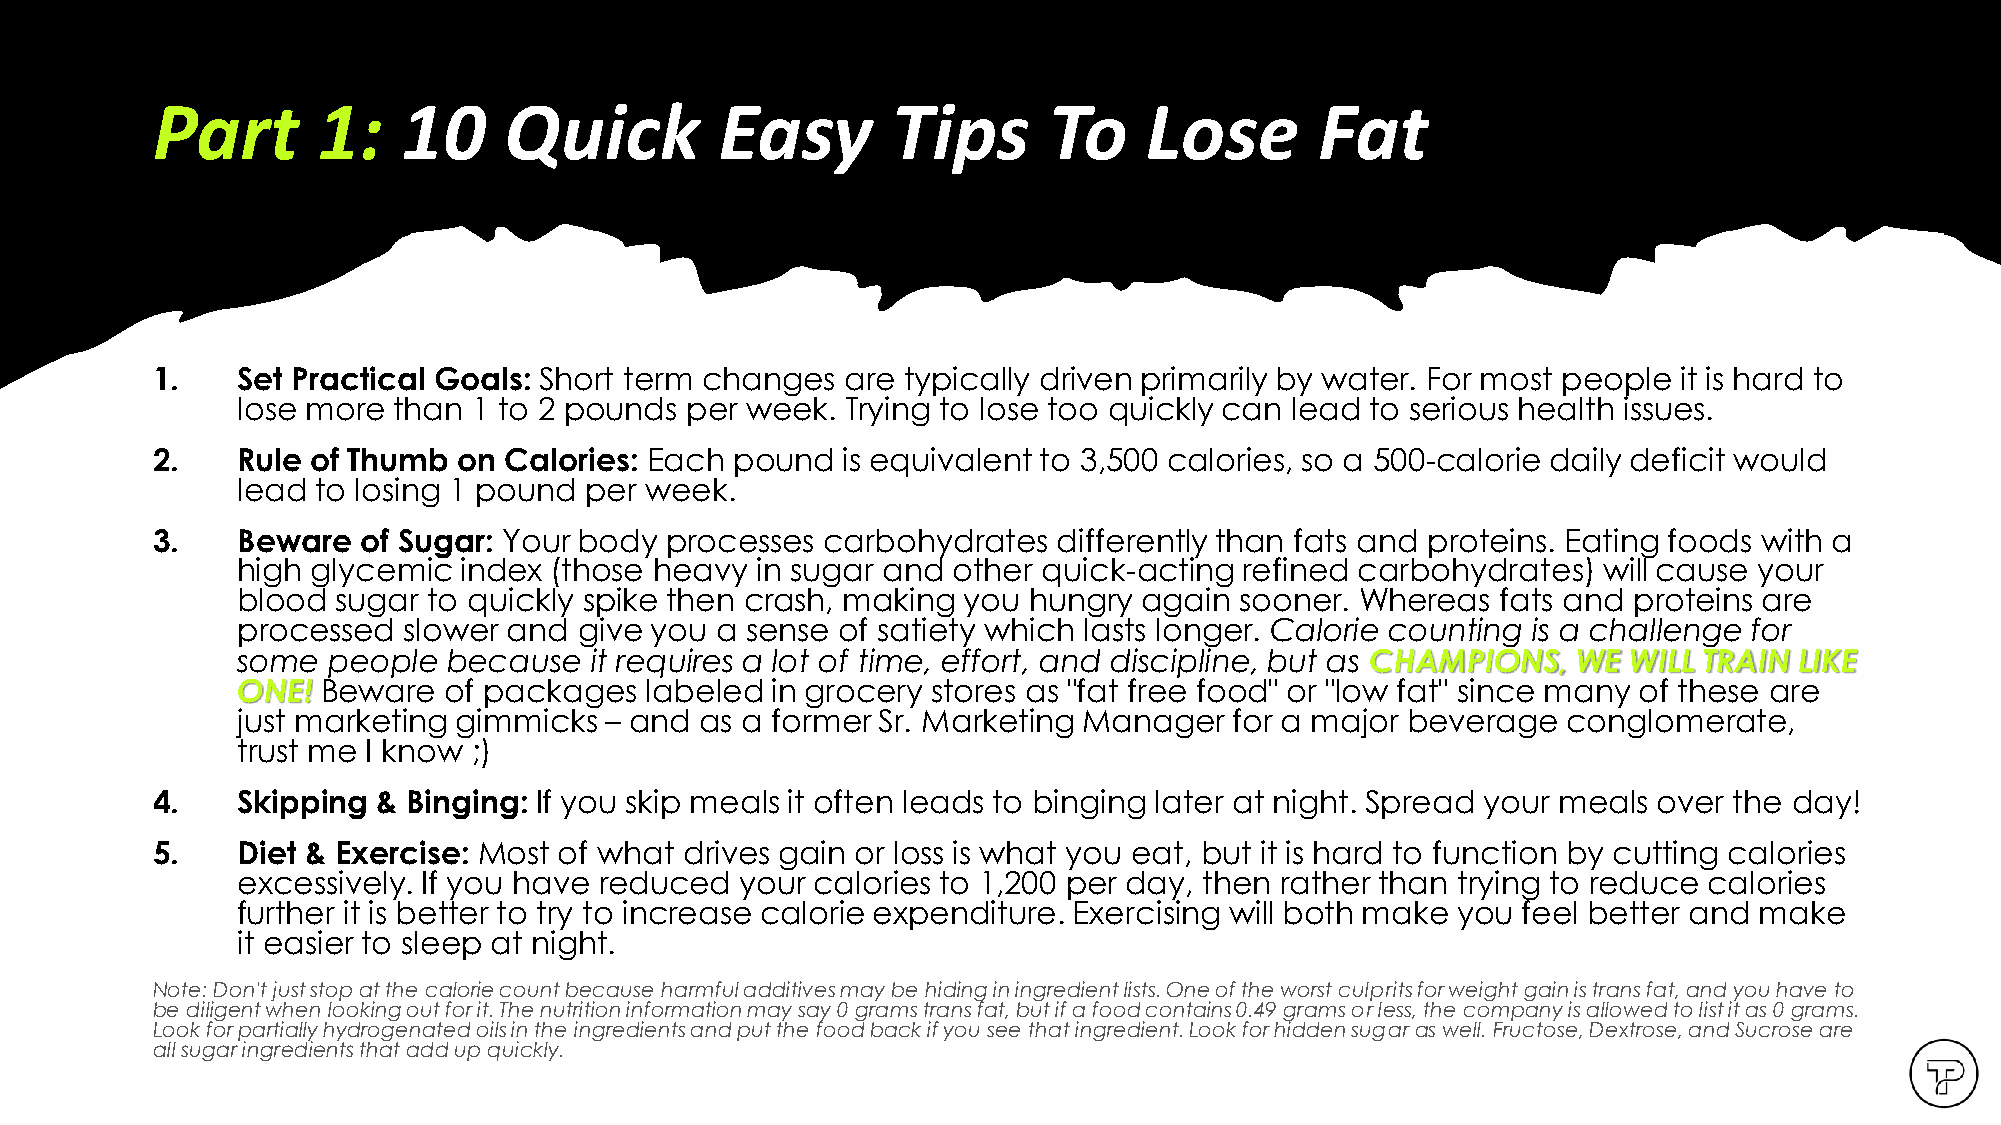
Copyright TenpowFitness Ltd. Co.
 Part       1:    10    Quick          Easy       Tips      To     Lose       Fat
 1.    Set Practical Goals: Short term changes are typically driven primarily by water. For most people it is hard to
 lose more than 1 to 2 pounds per week.  Trying to lose too quickly can lead to serious health issues.
 2.    Rule of Thumb on Calories: Each  pound  is equivalent to 3,500 calories, so a 500-calorie daily deficit would
 lead to losing 1 pound per week.
 3.    Beware  of Sugar: Your body processes  carbohydrates  differently than fats and proteins. Eating foods with a
 high glycemic index (those heavy  in sugar and other quick-acting refined carbohydrates)  will cause your
 blood sugar to quickly spike then crash, making you hungry  again sooner. Whereas  fats and proteins are
 processed  slower and give you a sense  of satiety which lasts longer. Calorie counting is a challenge for
 some  people  because  it requires a lot of time, effort, and discipline, but as CHAMPIONS, WE WILL TRAIN LIKE
 ONE! Beware  of packages   labeled in grocery stores as "fat free food" or "low fat" since many of these are
 just marketing gimmicks – and as a former Sr. Marketing Manager   for a major beverage  conglomerate,
 trust me I know ;)
 4.    Skipping & Binging: If you skip meals it often leads to binging later at night. Spread your meals over the day!
 5.    Diet & Exercise: Most of what drives gain or loss is what you eat, but it is hard to function by cutting calories
 excessively. If you have reduced your calories to 1,200 per day, then rather than trying to reduce calories
 further it is better to try to increase calorie expenditure. Exercising will both make you feel better and make
 it easier to sleep at night.
 Note: Don't just stop at the calorie count because harmful additives may be hiding in ingredient lists. One of the worst culprits for weight gain is trans fat, and you have to
 be diligent when looking out for it. The nutrition information may say 0 grams trans fat, but if a food contains 0.49 grams or less, the company is allowed tolist it as 0 grams.
 Look for partially hydrogenated oils in the ingredients and put the food back if you see that ingredient. Look for hidden sugar as well. Fructose, Dextrose, and Sucrose are
 all sugar ingredients that add up quickly.